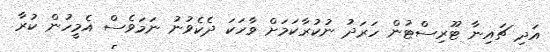
އަދި ޗައިނާ ޓޫރިސްޓުން ހަރަދު ނުކުރާކަމަށް ވާހަކަ ދެކެވުނު ނަމަވެސް އެމީހުން ކުރާ